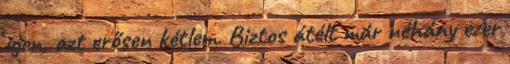
igen, azt erősen kétlem. Biztos átélt már néhány ezer